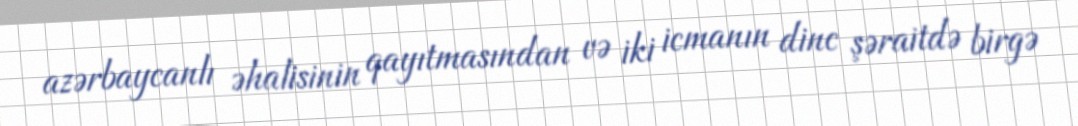
azərbaycanlı əhalisinin qayıtmasından və iki icmanın dinc şəraitdə birgə